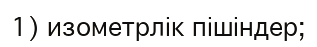
1) изометрлік пішіндер;